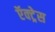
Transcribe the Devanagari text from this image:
ऍक्ट्रेस